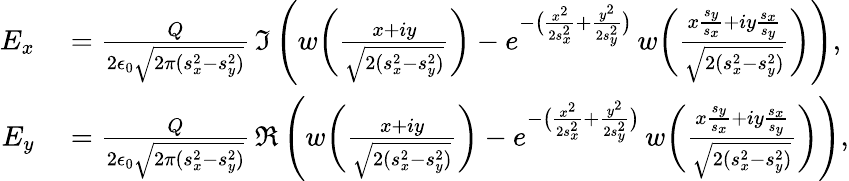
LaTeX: \begin{array}{rl}{E_{x}}&{{}=\frac{Q}{2\epsilon_{0}\sqrt{2\pi(s_{x}^{2}-s_{y}^{2})}}\, \Im\, \Bigg(w\bigg(\frac{x+iy}{\sqrt{2(s_{x}^{2}-s_{y}^{2})}}\bigg)-e^{-\big(\frac{x^{2}}{2s_{x}^{2}}+\frac{y^{2}}{2s_{y}^{2}}\big)}\, w\bigg(\frac{x\frac{s_{y}}{s_{x}}+iy\frac{s_{x}}{s_{y}}}{\sqrt{2(s_{x}^{2}-s_{y}^{2})}}\bigg)\Bigg),}\\ {E_{y}}&{{}=\frac{Q}{2\epsilon_{0}\sqrt{2\pi(s_{x}^{2}-s_{y}^{2})}}\, \Re\, \Bigg(w\bigg(\frac{x+iy}{\sqrt{2(s_{x}^{2}-s_{y}^{2})}}\bigg)-e^{-\big(\frac{x^{2}}{2s_{x}^{2}}+\frac{y^{2}}{2s_{y}^{2}}\big)}\, w\bigg(\frac{x\frac{s_{y}}{s_{x}}+iy\frac{s_{x}}{s_{y}}}{\sqrt{2(s_{x}^{2}-s_{y}^{2})}}\bigg)\Bigg),}\end{array}